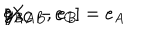
LaTeX: [ X _ { A B } , e _ { C } ] = e _ { A } \hspace { . 2 c m } g _ { B C } - e _ { B } \hspace { . 2 c m } g _ { A C }